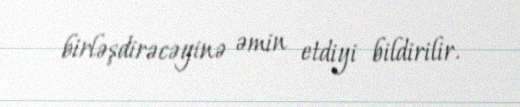
birləşdirəcəyinə əmin etdiyi bildirilir.